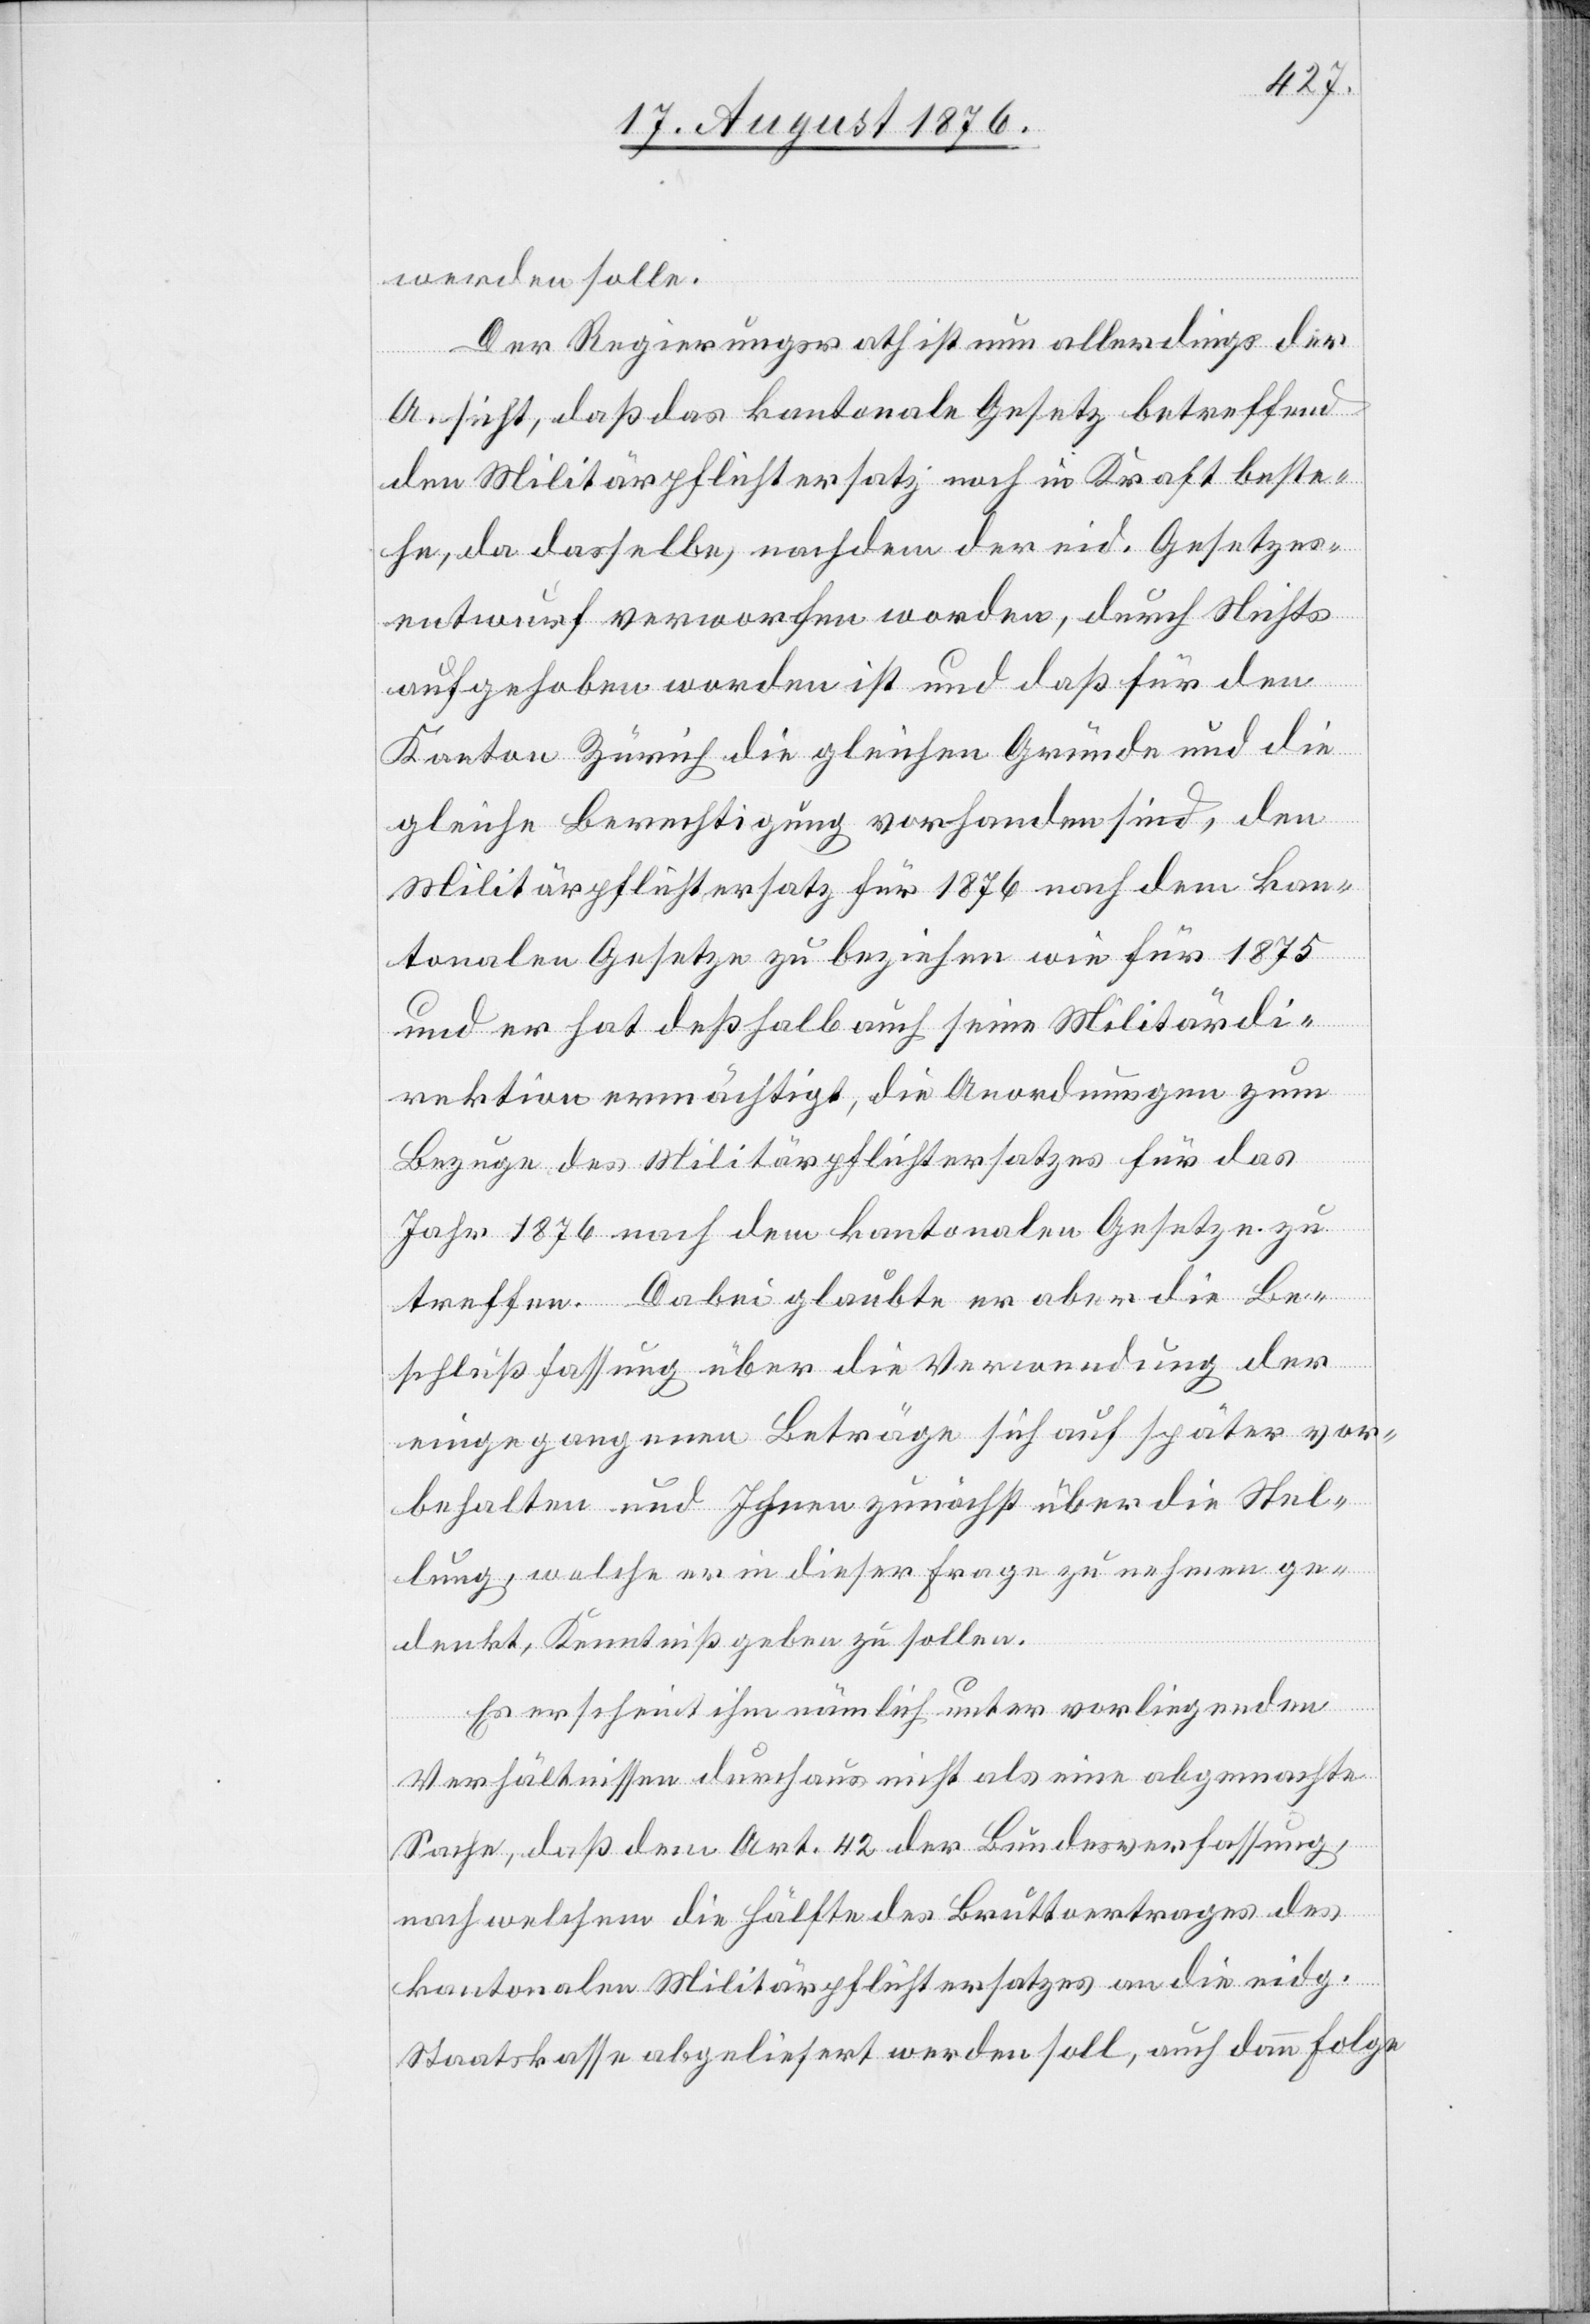
werden solle.
Der Regierungsrath ist nun allerdings der
Ansicht, daß das kantonale Gesetz betreffend
den Militärpflichtersatz noch in Kraft beste¬
he, da dasselbe, nachdem der eid. Gesetzes¬
entwurf verworfen worden, durch Nichts
aufgehoben worden ist und daß für den
Kanton Zürich die gleichen Gründe und die
gleiche Berechtigung vorhanden sind, den
Militärpflichtersatz für 1876 nach dem kan¬
tonalen Gesetze zu beziehen wie für 1875
und er hat deßhalb auch seine Militärdi¬
rektion ermächtigt, die Anordnungen zum
Bezuge des Militärpflichtersatzes für das
Jahr 1876 nach dem kantonalen Gesetze zu
treffen. Dabei glaubte er aber die Be¬
schlußfassung über die Verwendung der
eingegangenen Beträge sich auf später vor¬
behalten und Ihnen zunächst über die Stel¬
lung, welche er in dieser Frage zu nehmen ge¬
denkt, Kenntnis geben zu sollten.
Es erschient ihm nämlich unter vorliegenden
Verhältnissen durchaus nicht als eine abgemachte
Sache, daß dem Art. 42 der Bundesverfassung,
nach welchem die Hälfte des Bruttoertrages des
kantonalen Militärpflichtersatzes an die eidg.
Staatskasse abgeliefert werden soll, auch dann Folge